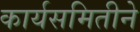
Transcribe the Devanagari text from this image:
कार्यसमितीने